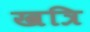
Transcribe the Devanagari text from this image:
खत्रि